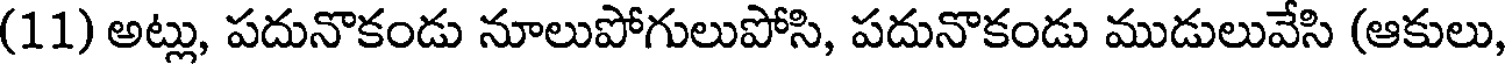
(11) అట్లు, పదునొకండు నూలుపోగులుపోసి, పదునొకండు ముడులువేసి (ఆకులు,